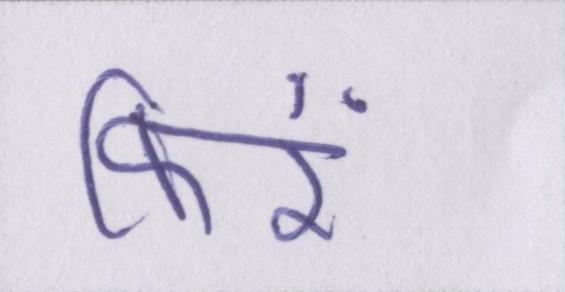
फिरें